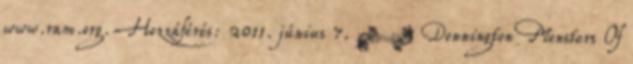
www.ram.org. Hozzáférés: 2011. június 7. ↑ Donnington Monsters Of